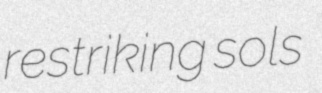
restriking sols